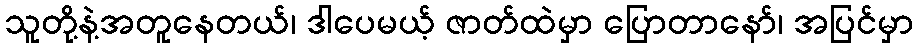
သူတို့နဲ့အတူနေတယ်၊ ဒါပေမယ့် ဇာတ်ထဲမှာ ပြောတာနော်၊ အပြင်မှာ